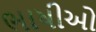
ભાષીઓ